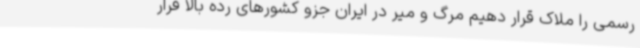
رسمی را ملاک قرار دهیم مرگ و میر در ایران جزو کشورهای رده بالا قرار